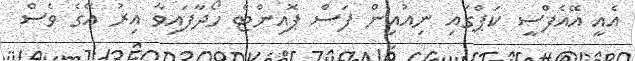
އެއީ އޭއެފްސީ ކަޕްގައި ނިއުއިން ފަސް ޕޮއިންޓް ހޯދާފައިވާ އިރު އޭގެ ވެސް